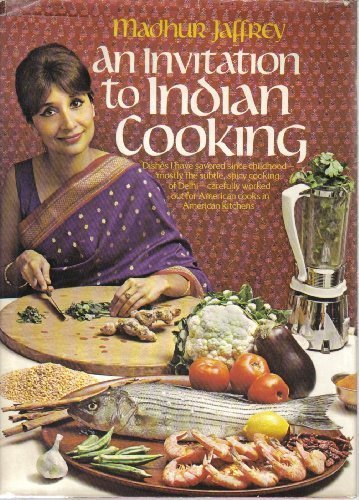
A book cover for An Invitation to Indian Cooking; Madhur Jaffrey; Comics & Graphic Novels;